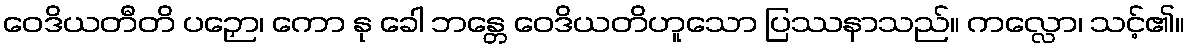
ဝေဒိယတီတိ ပဉှော၊ ကော နု ခေါ ဘန္တေ ဝေဒိယတိဟူသော ပြဿနာသည်။ ကလ္လော၊ သင့်၏။